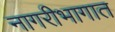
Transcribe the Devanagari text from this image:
नागरीभागात